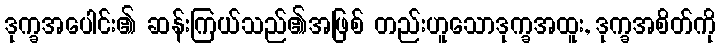
ဒုက္ခအပေါင်း၏ ဆန်းကြယ်သည်၏အဖြစ် တည်းဟူသောဒုက္ခအထူး, ဒုက္ခအစိတ်ကို